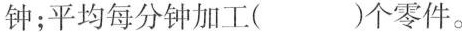
钟；平均每分钟加工( )个零件。